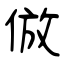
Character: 倣